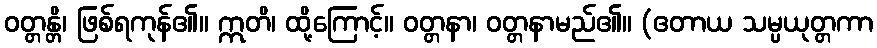
ဝတ္တန္တိ၊ ဖြစ်ရကုန်၏။ ဣတိ၊ ထို့ကြောင့်။ ဝတ္တနာ၊ ဝတ္တနာမည်၏။ (ဧတာယ သမ္ပယုတ္တကာ